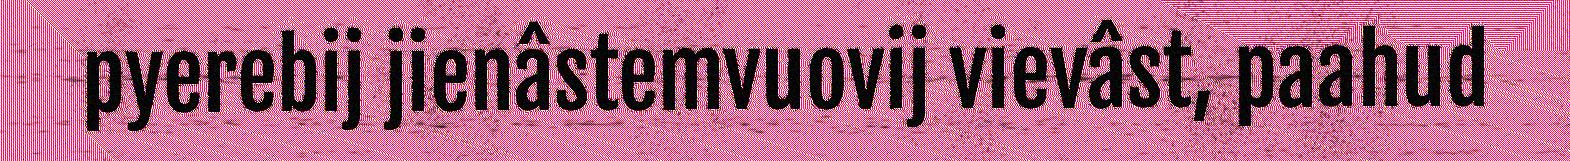
pyerebij jienâstemvuovij vievâst, paahud